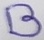
Text: B